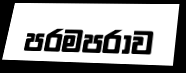
පරමපරාව